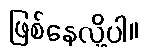
ဖြစ်နေလို့ပါ။